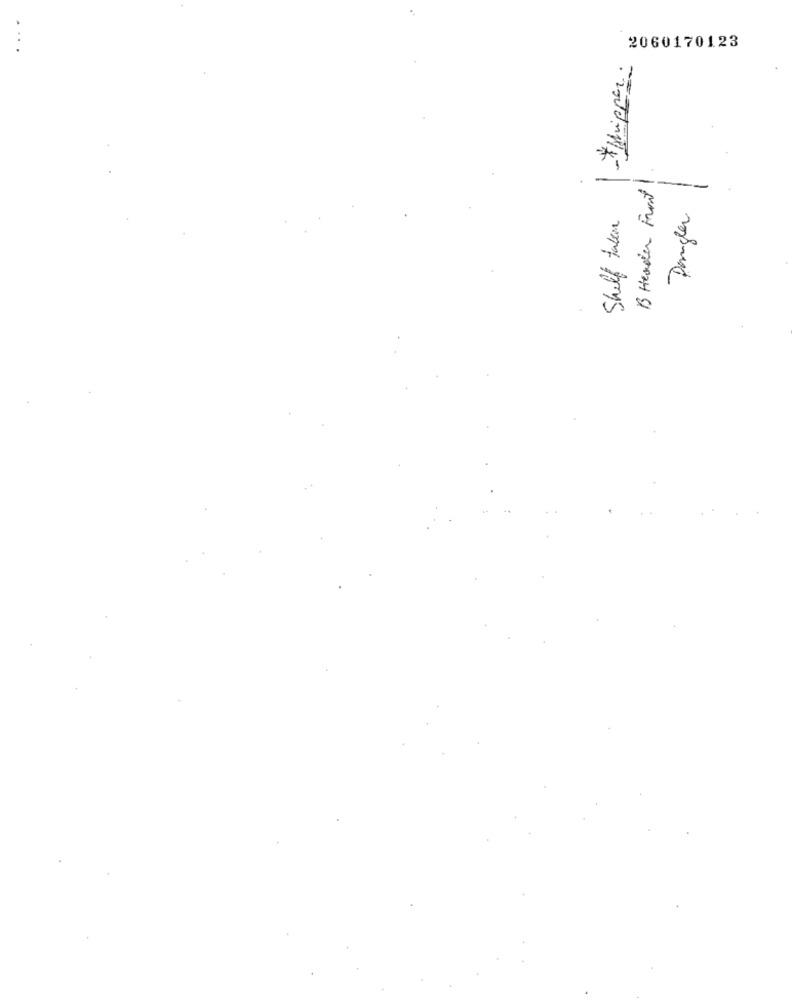
2060170123
-# prippen:
B Header Front1
-
Dengler
Shelf taken